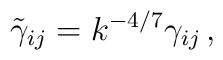
\tilde{\gamma}_{ij}=k^{-4/7}\gamma_{ij}\, ,